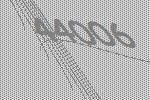
44006